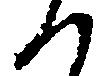
て